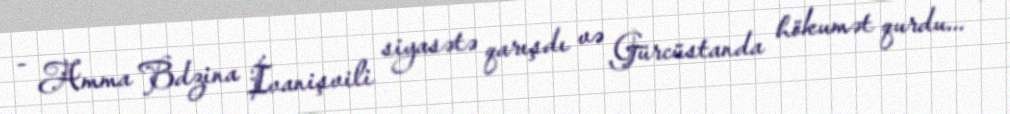
- Amma Bdzina İvanişvili siyasətə qarışdı və Gürcüstanda hökumət qurdu... -